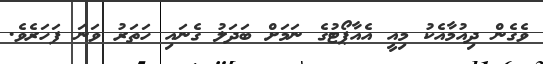
ވެގެން ދިއުމާއެކު މިއީ އެއާޕޯޓުގެ ނަމަށް ބަދަލު ގެނައި ހަތަރު ވަނަ ފަހަރެވެ.